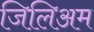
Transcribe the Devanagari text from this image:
जिलिअम